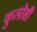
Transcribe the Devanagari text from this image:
कुलोसी